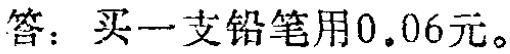
答：买一支铅笔用\(0.06\)元。